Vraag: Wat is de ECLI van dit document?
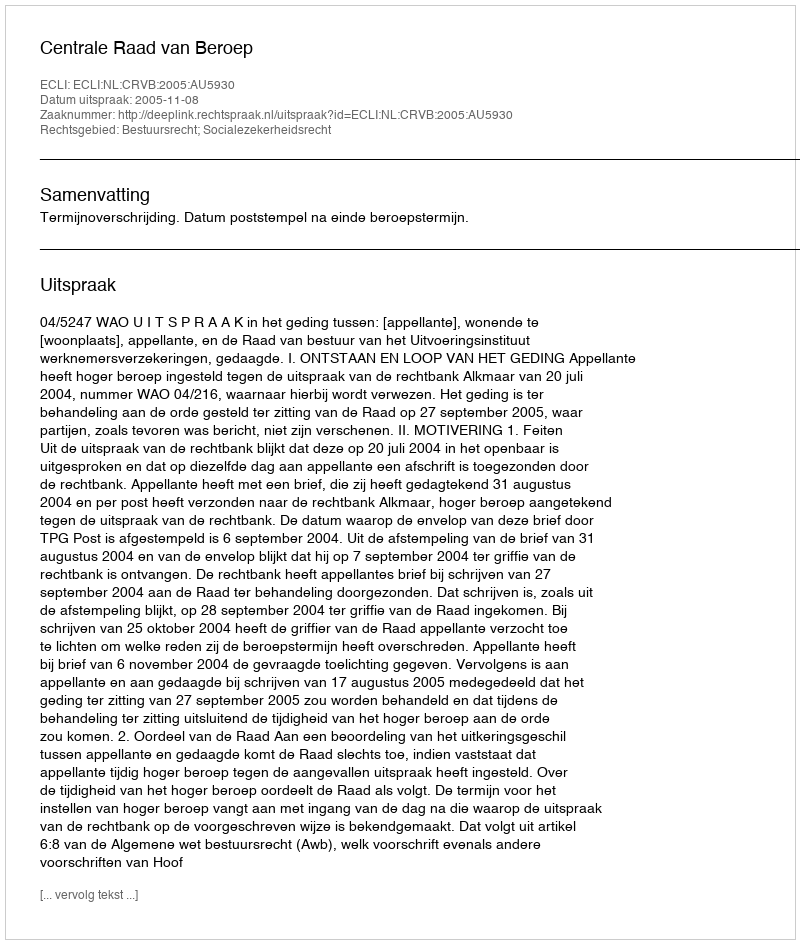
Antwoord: ECLI:NL:CRVB:2005:AU5930